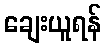
ချေးယူရန်